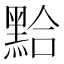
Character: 𪑇